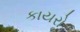
કાયરો